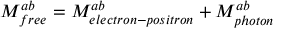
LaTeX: M _ { f r e e } ^ { a b } = M _ { e l e c t r o n - p o s i t r o n } ^ { a b } + M _ { p h o t o n } ^ { a b }